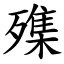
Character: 㱷